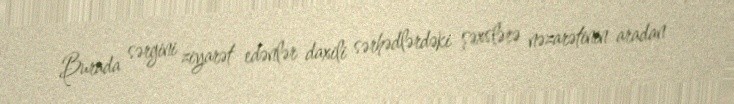
Burada sərgini ziyarət edənlər daxili sərhədlərdəki şəxslərə nəzarətinin aradan